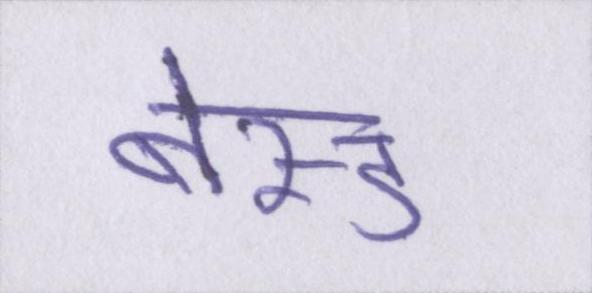
बेस्ड